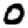
Digit: 0